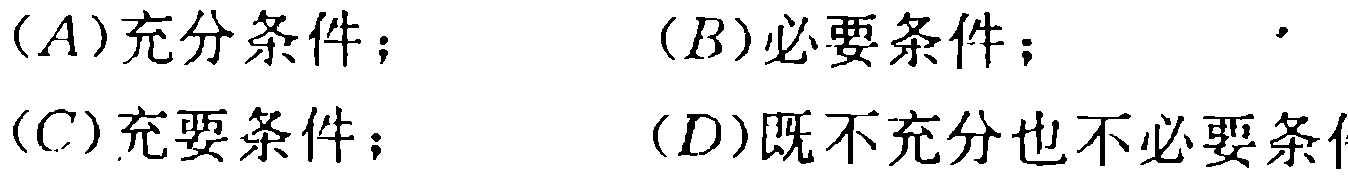
(A)充分条件；
(B)必要条件；
(C)充要条件；
(D)既不充分也不必要条件